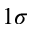
1 \sigma